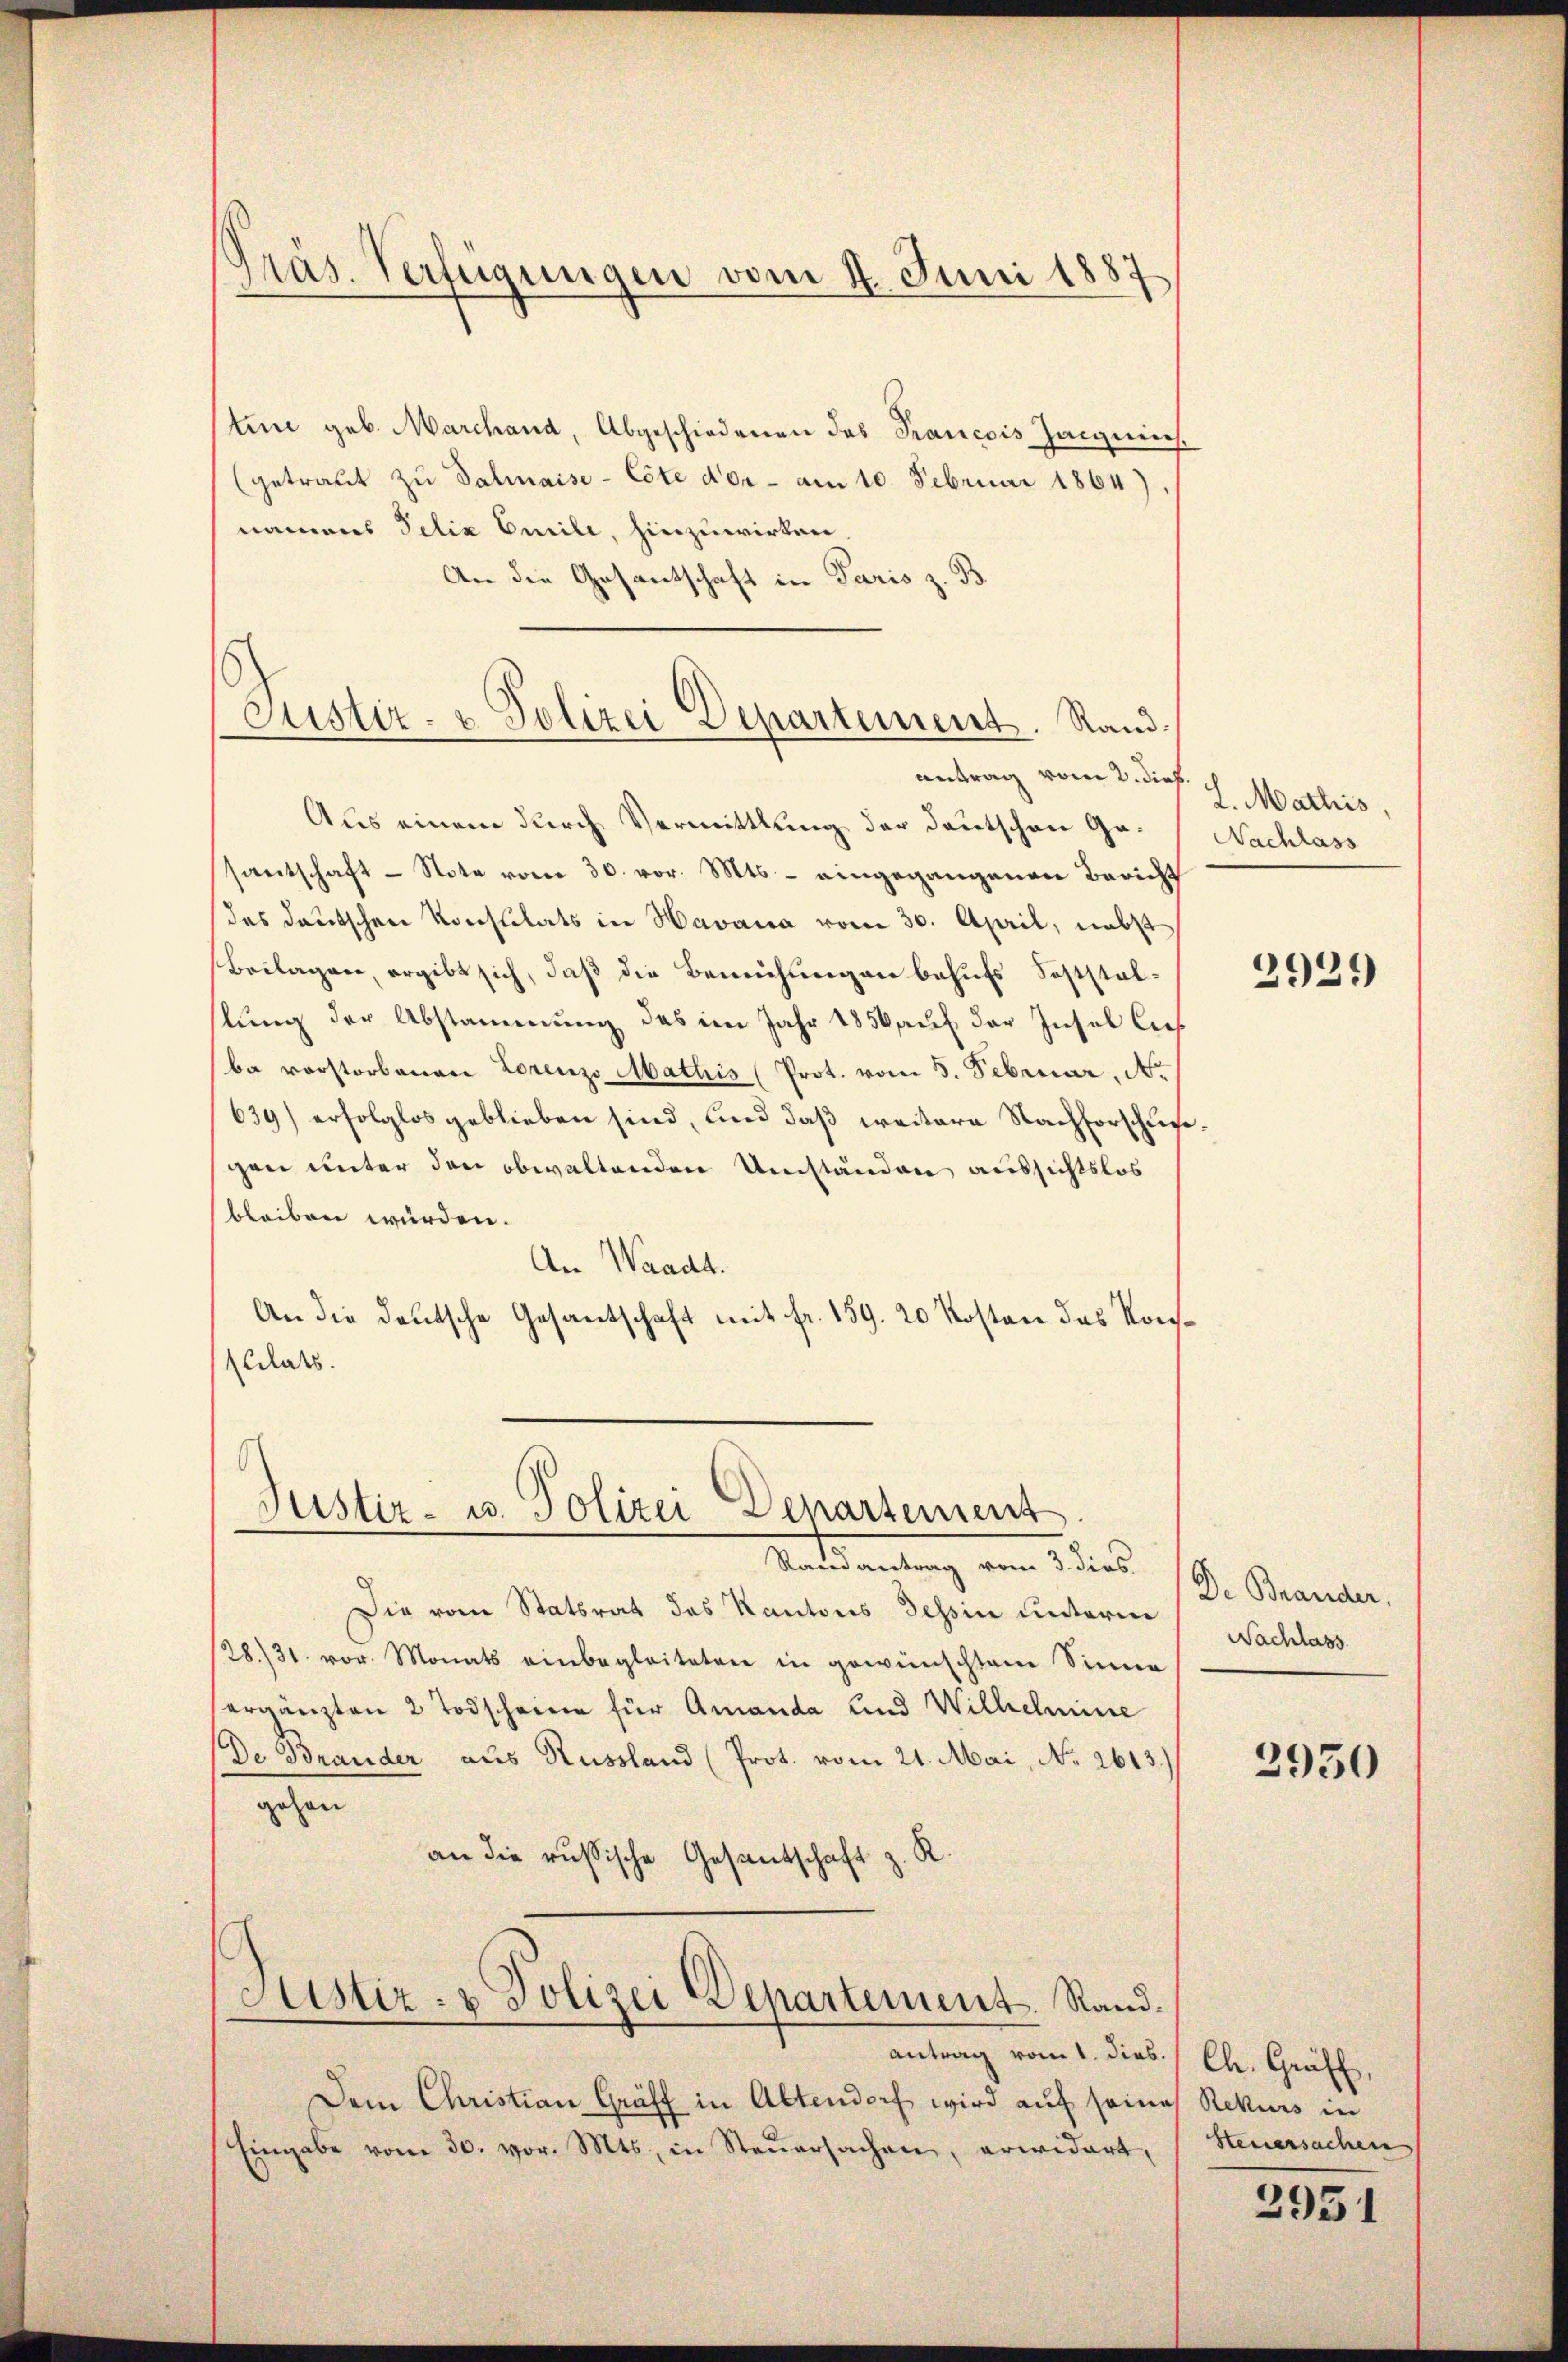
Präs. Verfügungen vom 4. Juni 1887

tine geb. Marchand, Abgeschiedenen das Francois Zaignis.
getraut zu Salmaise- Cote der - am 10. Februar 1864)
namens Felix Curile, hinzuwirken
An die Gesantschaft in Paris z. B

Justiz- & Polizei Departement. Stand
antrag vom 2. dieß

Aus einem durch Vermittlung der Deutschen Ge- Nachlass
santschaft - Note vom 30. vor. Mts. – eingegangenen Bericht
das deutschen Konstitats in Havana vom 30. April, nebst
Beilagen, ergibt sich, daß die Bemühungen behufs Soststelstung der Abstammung des im Jahr 1856 auf der Insel lief
ba vorstorbenen Lorenzo Mathis (Prot. vom 5. Februar, Nr
639) erfolglos geblieben sind, und daß weitere Nachforschußgen unter den obwaltenden Umständen aussichtslos
bleiben würden.
An Waadt.
An die deutsche Gesantschaft mit Fr. 159. 20 Kosten das Kon¬
(lilats.

Randantrag vom 3. dies
Die vom Statsrat des Kantons Tessin unterm
(28./31. vor. Monats einbegleiteten in gewünschtem Sinne
ergänzten 2 Todscheine für Amanda und Wilhelmine
De Brander aus Russland (Prot. vom 21. Mai, No. 2613.)
gehen
an die russische Gesantschaft z. R.

Justiz- u. Polizei Departement

Justiz- & Polizei Departement. Rand.

antrag vom 1. dies.
Dem Christian Gräff in Altendorf wird auf seines Rekurs in
Eingabe vom 30. vor. Mts., in Steŭersachen, erwidert,

L. Mathis,

2921)

De Brander.
Nachlass

2950

Ch. Gräff,
Steuersachen

2951